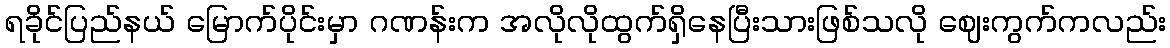
ရခိုင်ပြည်နယ် မြောက်ပိုင်းမှာ ဂဏန်းက အလိုလိုထွက်ရှိနေပြီးသားဖြစ်သလို ဈေးကွက်ကလည်း